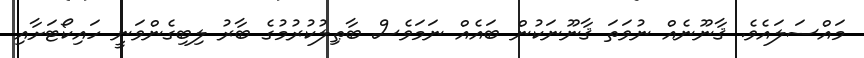
މައްސަލައެވެ. ޤާނޫނެއް ނުވަތަ ޤާނޫނަކުން ބައެއް ނަމަވެސް ބާޠިލުކުރުމުގެ ބާރު ލިބިގެންވަނީ ހައިކޯޓަށާއި